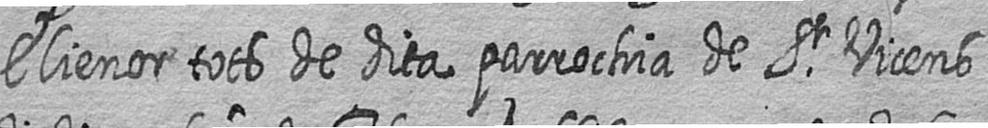
Elienor tots de dita parrochia de St Vicens